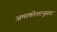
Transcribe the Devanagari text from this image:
अमरकोशानुसार